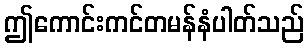
ဤကောင်းကင်တမန်နံပါတ်သည်